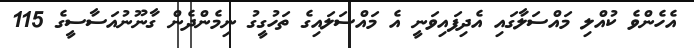
އެހެންވެ ކުއްލި މައްސަލާގައި އެދިފައިވަނީ އެ މައްސަލައިގެ ތަހުގީގު ނިމެންދެން ގާނޫނުއަސާސީގެ 115